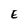
Character: E